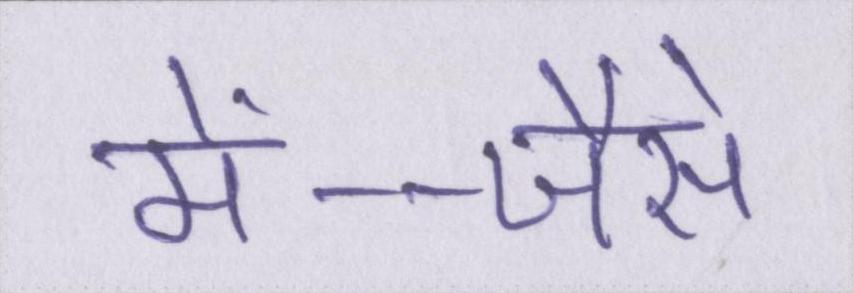
में--जैसे